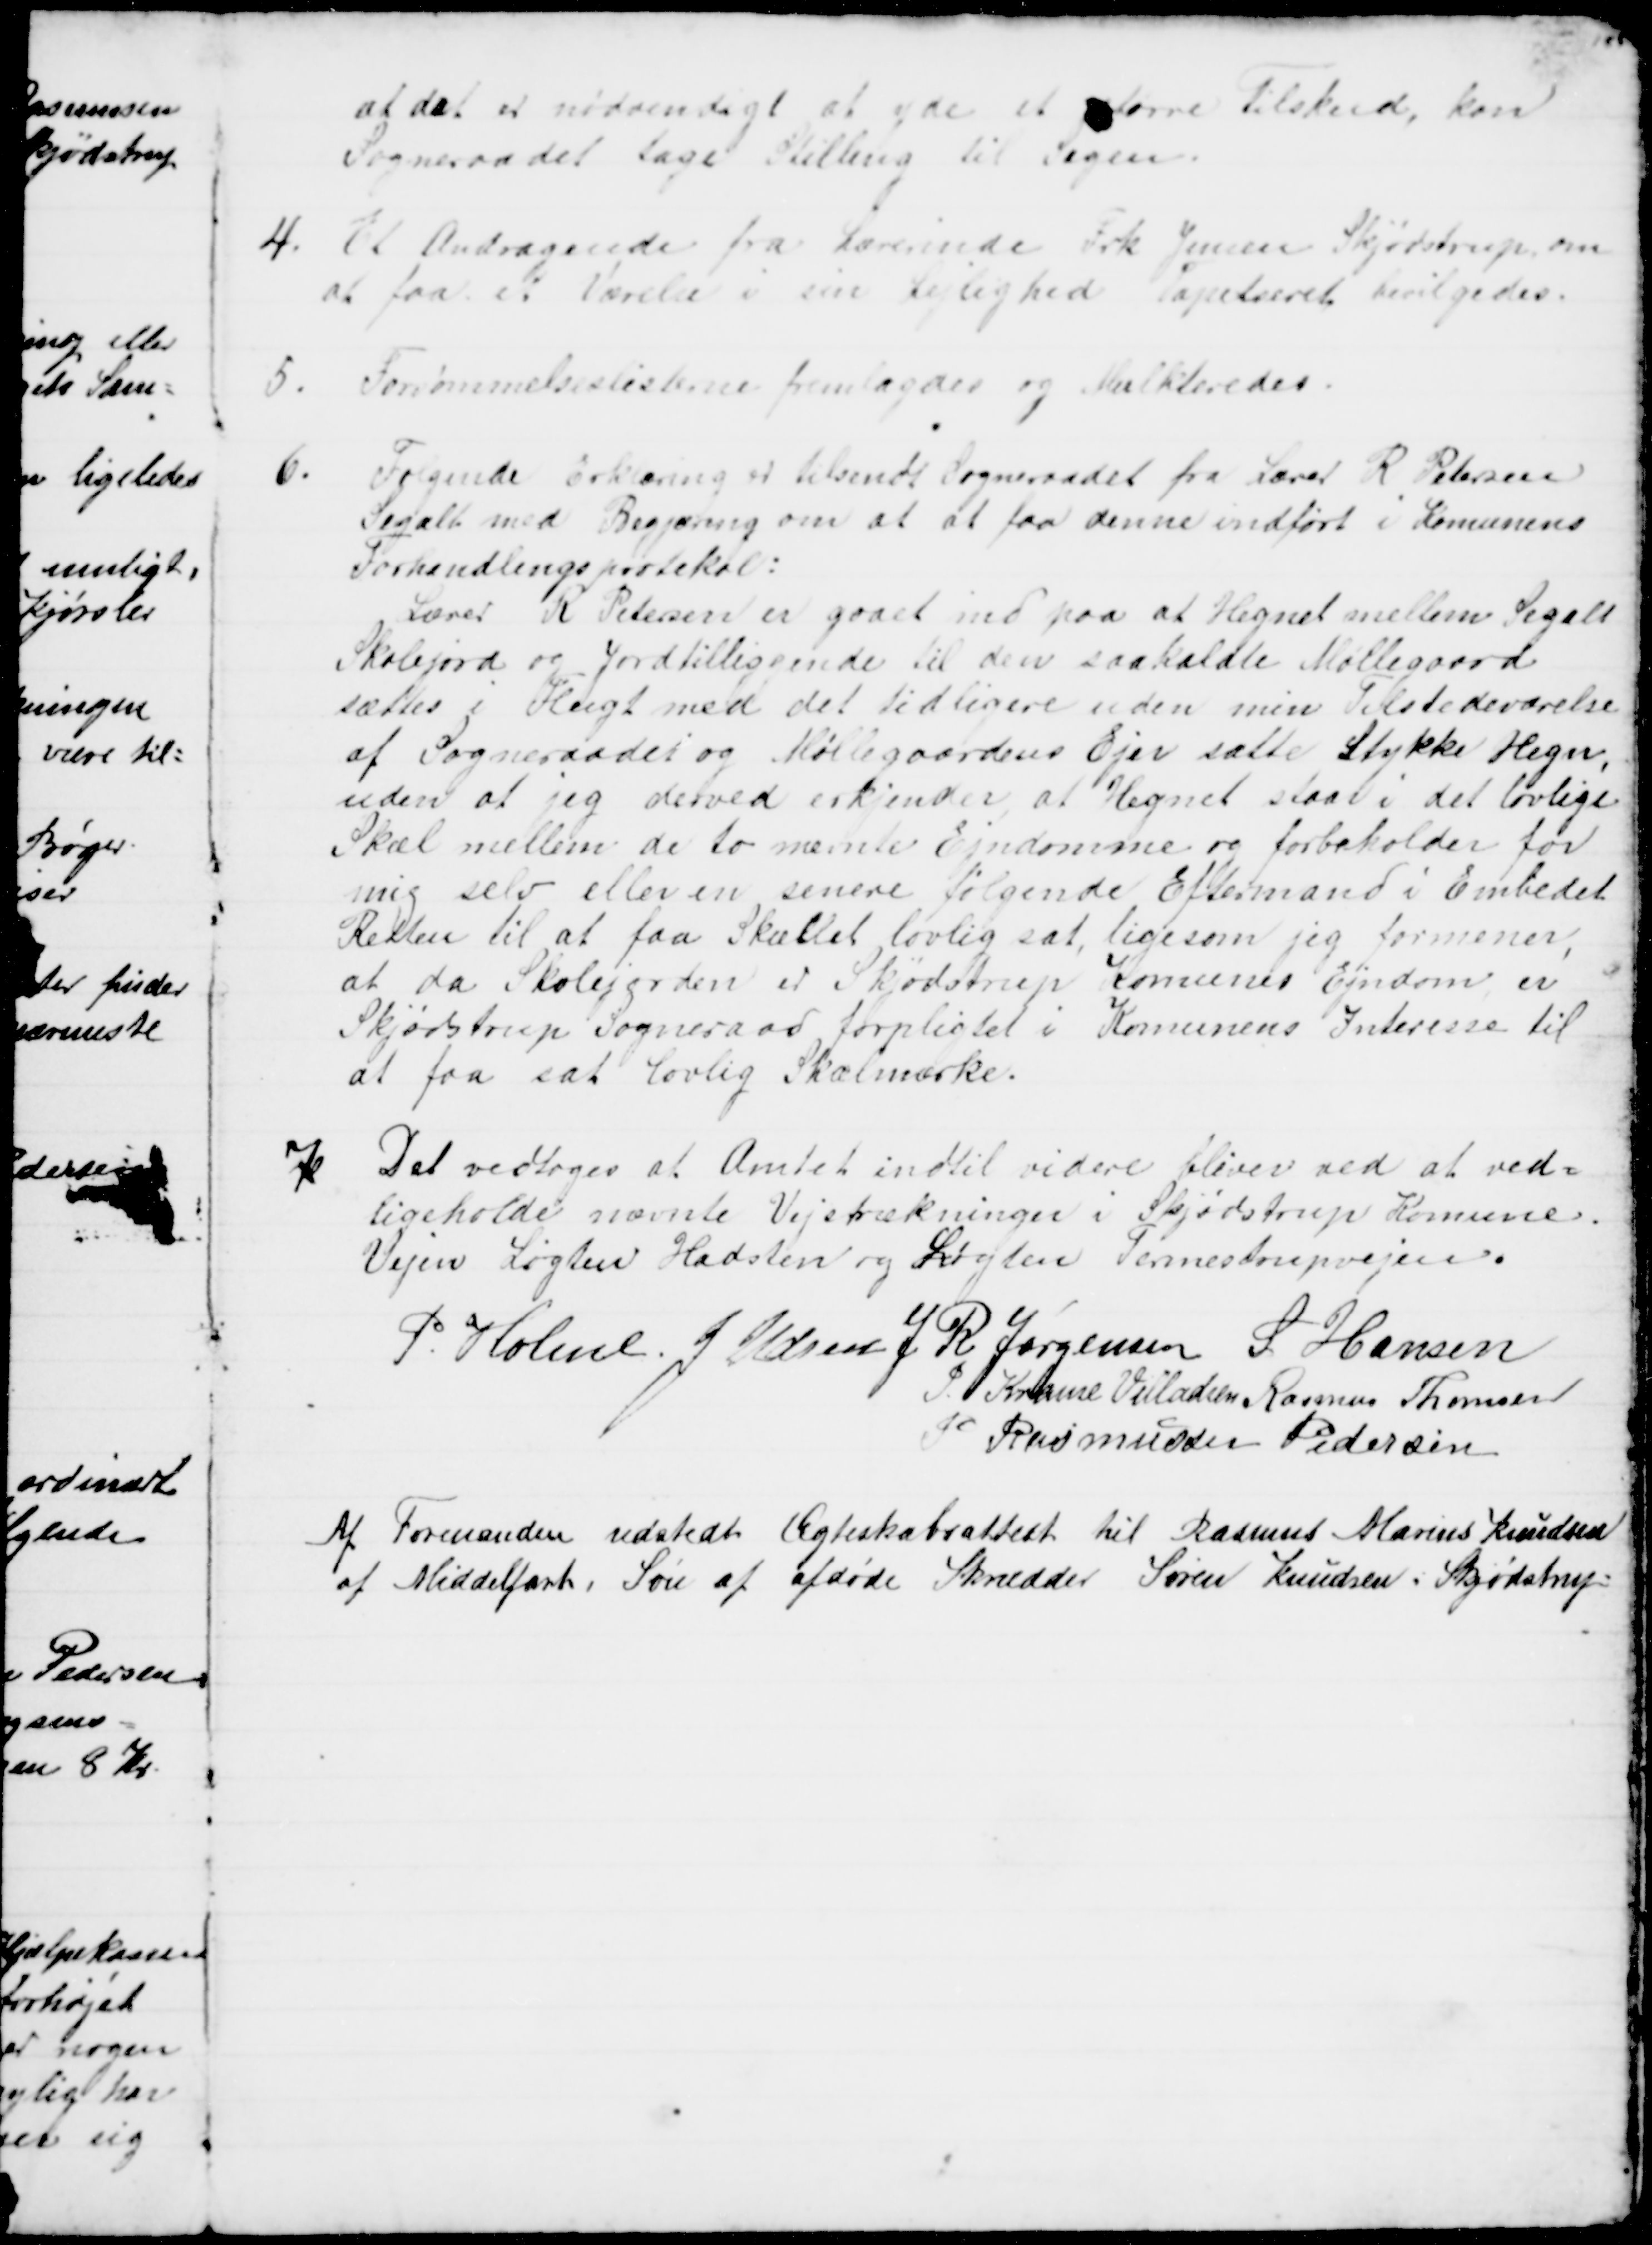
Transskription:
at det er nødvendigt at yde et større tilskud, kan
Sogneraadet tage Stilling til Sagen.
4. Et Andragende fra Lærerinde Frk. Jensen Skjødstrup, om
at faa et Værelse i sin Lejlighed Tapetseret bevilgedes.
5. Forsømmelseslisterne fremlagdes og Mulkteredes.
6.
Følgende Erklæring er tilsendt Sogneraadet fra Lærer R. Petersen
Segalt med Begjæring om at at faa denne indført i Komunens
Forhandlingsprotokol:
Lærer R. Petersen er gaaet ind paa at Hegnet mellem Segalt
Skolejord og Jordtilliggende til den saakaldte Møllegaard
sættes i Flugt med det tidligere uden min Tilstedeværelse
af Sogneraadet og Møllegaardens Ejer sætte Stykke Hegn,
uden at jeg derved erkender at Hegnet staar i det lovlige
Skæl mellem de to nævnte Ejendomme og forbeholder for 
mig selv eller en senere følgende Eftermand i Embedet
Retten til at faa Skællet lovlig sat, ligesom jeg formener,
at da Skolejorden er Skødstrup Komunes Ejendom er
Skjødstrup Sogneraad forpligtet i Komunens Interesse til
at faa sat Lovlig Skælmærke.
7. Det vedtoges at Amtet indtil videre bliver ved at ved-
ligeholde nævnte Vejstrækninger i Skjødstrup Komune.
Vejen Løgten Hadsten og Løgten Termestrupvejen.
P. Holme. J. Udsen J. R. Jørgensen S Hansen
J. Krause Villadsen Rasmus Thomsen
J Rasmussen Pedersen
Af Formanden udstedt Ægteskabsattest til Rasmus Marius Knudsen
af Middelfart, Søn af afdøde Skrædder Søren Knudsen i Skjødstrup